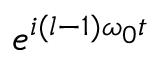
e ^ { i ( l - 1 ) \omega _ { 0 } t }